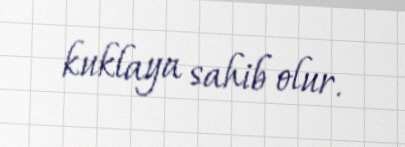
kuklaya sahib olur.